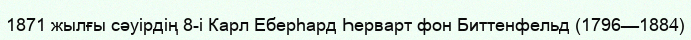
1871 жылғы сәуірдің 8-і Карл Еберһард Һерварт фон Биттенфельд (1796—1884)